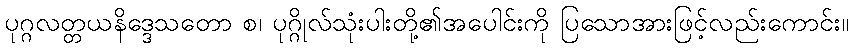
ပုဂ္ဂလတ္တယနိဒ္ဒေသတော စ၊ ပုဂ္ဂိုလ်သုံးပါးတို့၏အပေါင်းကို ပြသောအားဖြင့်လည်းကောင်း။